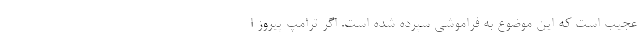
عجیب است که این موضوع به فراموشی سپرده شده است. اگر ترامپ پیروز ا